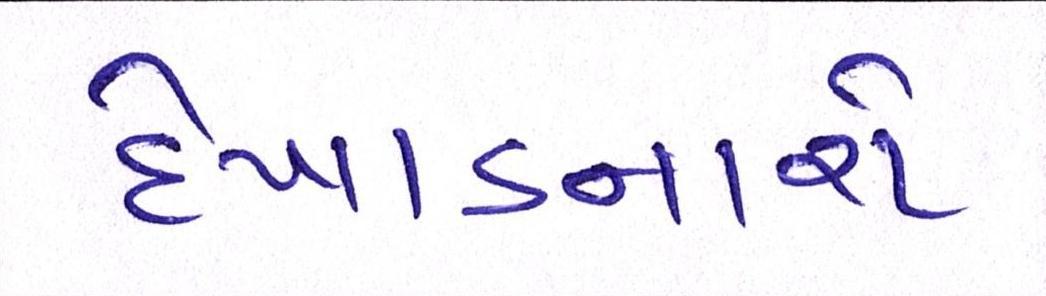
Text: દેખાડનારો